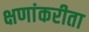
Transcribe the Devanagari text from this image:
क्षणांकरीता